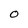
Character: O